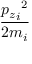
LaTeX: \frac { { { p _ { z } } _ { i } } ^ { 2 } } { { 2 m } _ { i } }